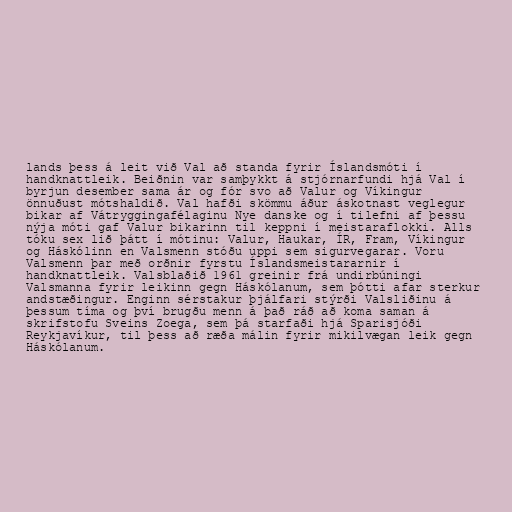
lands þess á leit við Val að standa fyrir Íslandsmóti í
handknattleik. Beiðnin var samþykkt á stjórnarfundi hjá Val í
byrjun desember sama ár og fór svo að Valur og Víkingur
önnuðust mótshaldið. Val hafði skömmu áður áskotnast veglegur
bikar af Vátryggingafélaginu Nye danske og í tilefni af þessu
nýja móti gaf Valur bikarinn til keppni í meistaraflokki. Alls
tóku sex lið þátt í mótinu: Valur, Haukar, ÍR, Fram, Víkingur
og Háskólinn en Valsmenn stóðu uppi sem sigurvegarar. Voru
Valsmenn þar með orðnir fyrstu Íslandsmeistararnir í
handknattleik. Valsblaðið 1961 greinir frá undirbúningi
Valsmanna fyrir leikinn gegn Háskólanum, sem þótti afar sterkur
andstæðingur. Enginn sérstakur þjálfari stýrði Valsliðinu á
þessum tíma og því brugðu menn á það ráð að koma saman á
skrifstofu Sveins Zoega, sem þá starfaði hjá Sparisjóði
Reykjavíkur, til þess að ræða málin fyrir mikilvægan leik gegn
Háskólanum.